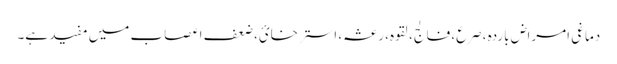
دماغی امراضِ باردہ ،صرع، فالج، لقوہ، رعشہ، استرخائ، ضعفِ اعصاب میں مفید ہے۔